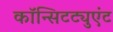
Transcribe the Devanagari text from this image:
कॉन्सिटट्युएंट